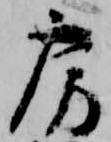
房